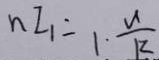
n I _ { 1 } \dot { - } 1 \cdot \frac { U } { R }